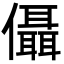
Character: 㒤